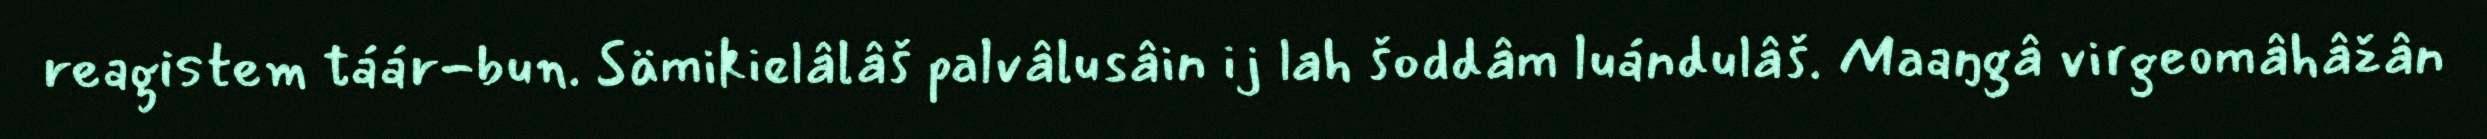
reagistem táár-bun. Sämikielâlâš palvâlusâin ij lah šoddâm luándulâš. Maaŋgâ virgeomâhâžân